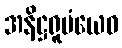
အနိဋ္ဌရူပံယေဝ